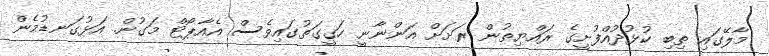
މާލޭގައި ތިބި ކުުޅުދުއްފުށީގެ ރައްޔިތުން ރަށަށް އަންނާނީ ހަގީގަތުގައިވެސް އެއާޕޯޓް މަގުން. އަޅުގަނޑުމެން